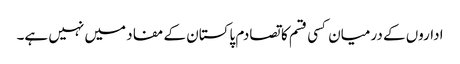
اداروں کے درمیان کسی قسم کا تصادم پاکستان کے مفاد میں نہیں ہے۔